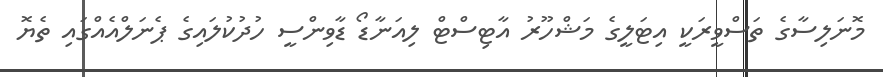
މޮނަލިސާގެ ތަސްވީރަކީ އިޓަލީގެ މަޝްހޫރު އާޓިސްޓް ލިއަނާޑޯ ޑާވިންސީ ހުދުކުލައިގެ ޕެނަލްއެއްގައި ތެޔޮ